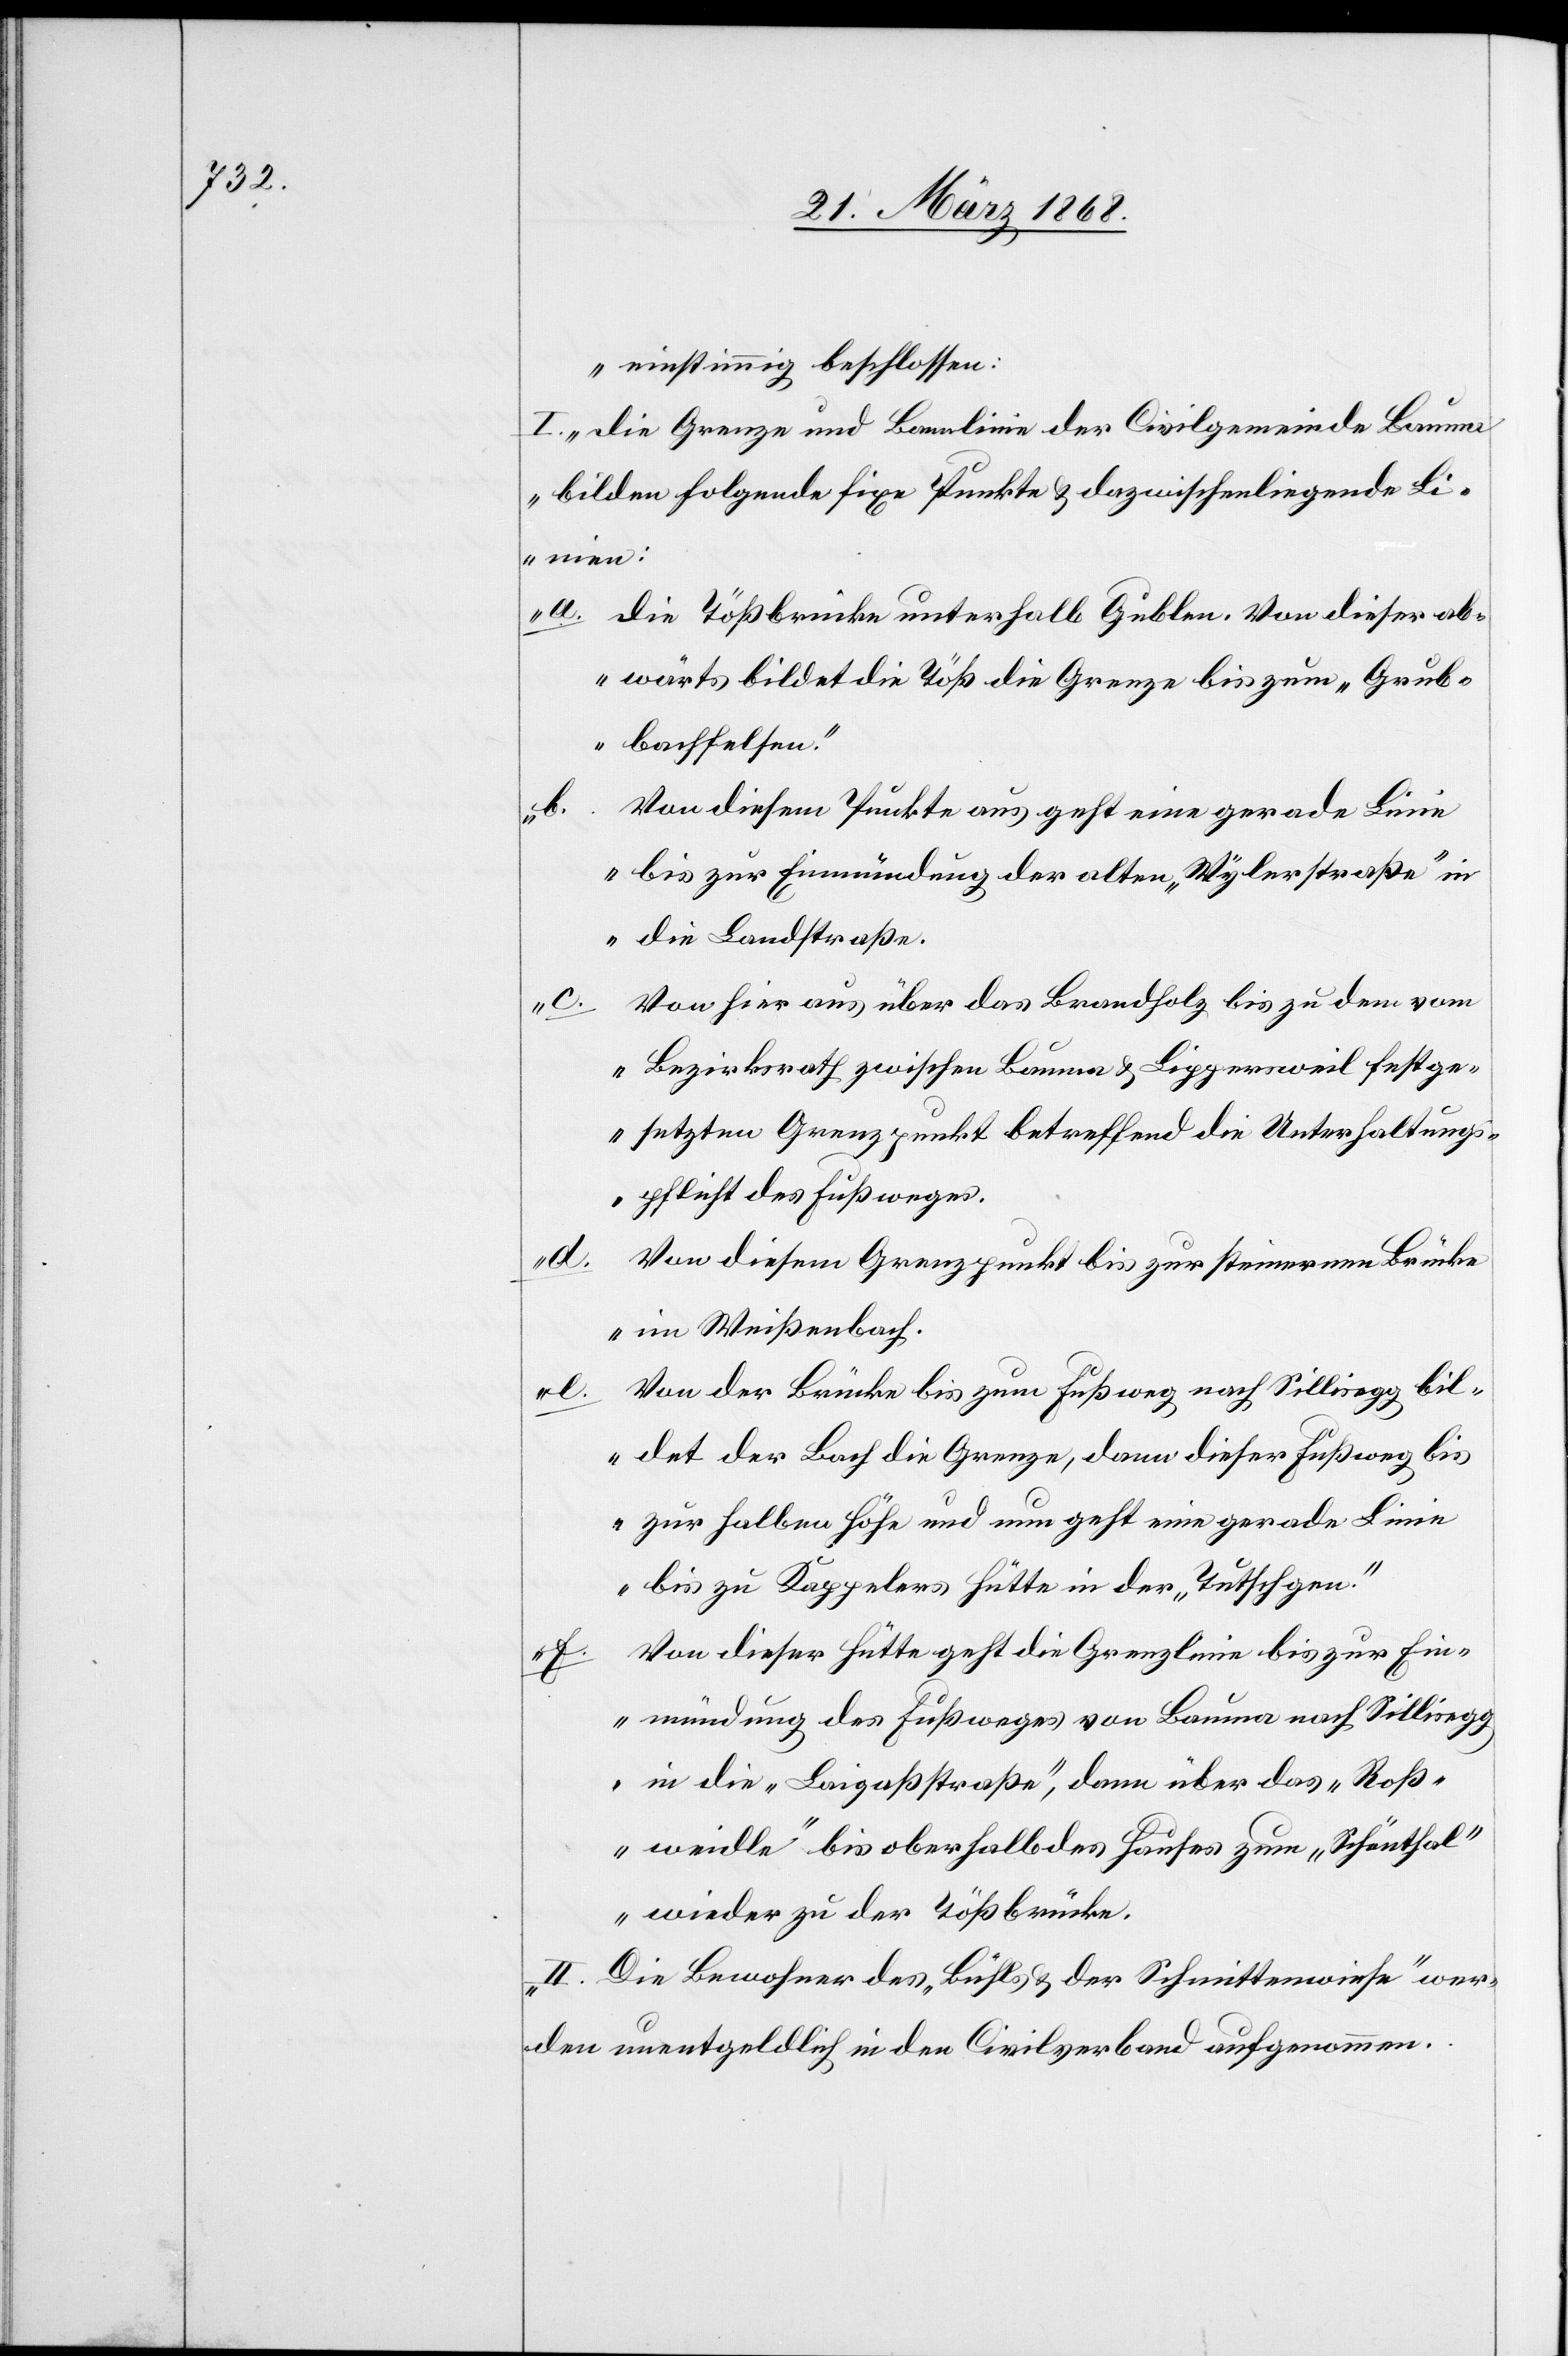
einstimmig beschlossen:
I. die Grenze und Bannlinie der Civilgemeinde Bauma
bilden folgende fixe Punkte & dazwischenliegende Li¬
nien:
die Tößbrücke unterhalb Gublen. Von dieser ab¬
wärts bildet die Töß die Grenze bis zum „Grub¬
bachfelsen“.
Von diesem Punkte aus geht eine gerade Linie
b.
bis zur Einmündung der alten „Wylerstraße“ in
die Landstraße.
Von hier aus über das Brandholz bis zu dem vom
e.
Bezirksrath zwischen Bauma & Lippersweil festge¬
setzten Grenzpunkt betreffend die Unterhaltungs¬
pflicht des Fußweges.
d.
Von diesem Grenzpunkt bis zur steinernen Brücke
im Weißenbach.
Von der Brücke bis zum Fußweg nach Sillisegg bil¬
det der Bach die Grenze, dann dieser Fußweg bis
zur halben Höhe und nun geht eine gerade Linie
bis zu Kappelers Hütte in der „Tutschgen“.
Von dieser Hütte geht die Grenzlinie bis zur Ein¬
mündung des Fußweges von Bauma nach Sillisegg
in die „Laigaßstraße“, dann über das „Roß¬
weidle“ bis oberhalb des Hauses zum „Schönthal“
wieder zu der Tößbrücke.
II. Die Bewohner des „Bühls & der Schmittenwiese“ wer¬
den unentgeldlich in den Civilverband aufgenommen.